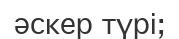
әскер түрі;